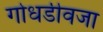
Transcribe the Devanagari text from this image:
गोधडीवजा